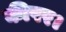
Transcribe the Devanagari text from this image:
कीपर।